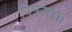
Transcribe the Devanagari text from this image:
पित्रसत्ता